Bréfritari: Benedikt Hálfdanarson
Dagsetning: A-1882-07-16
Skrifað á: Vesturheimi

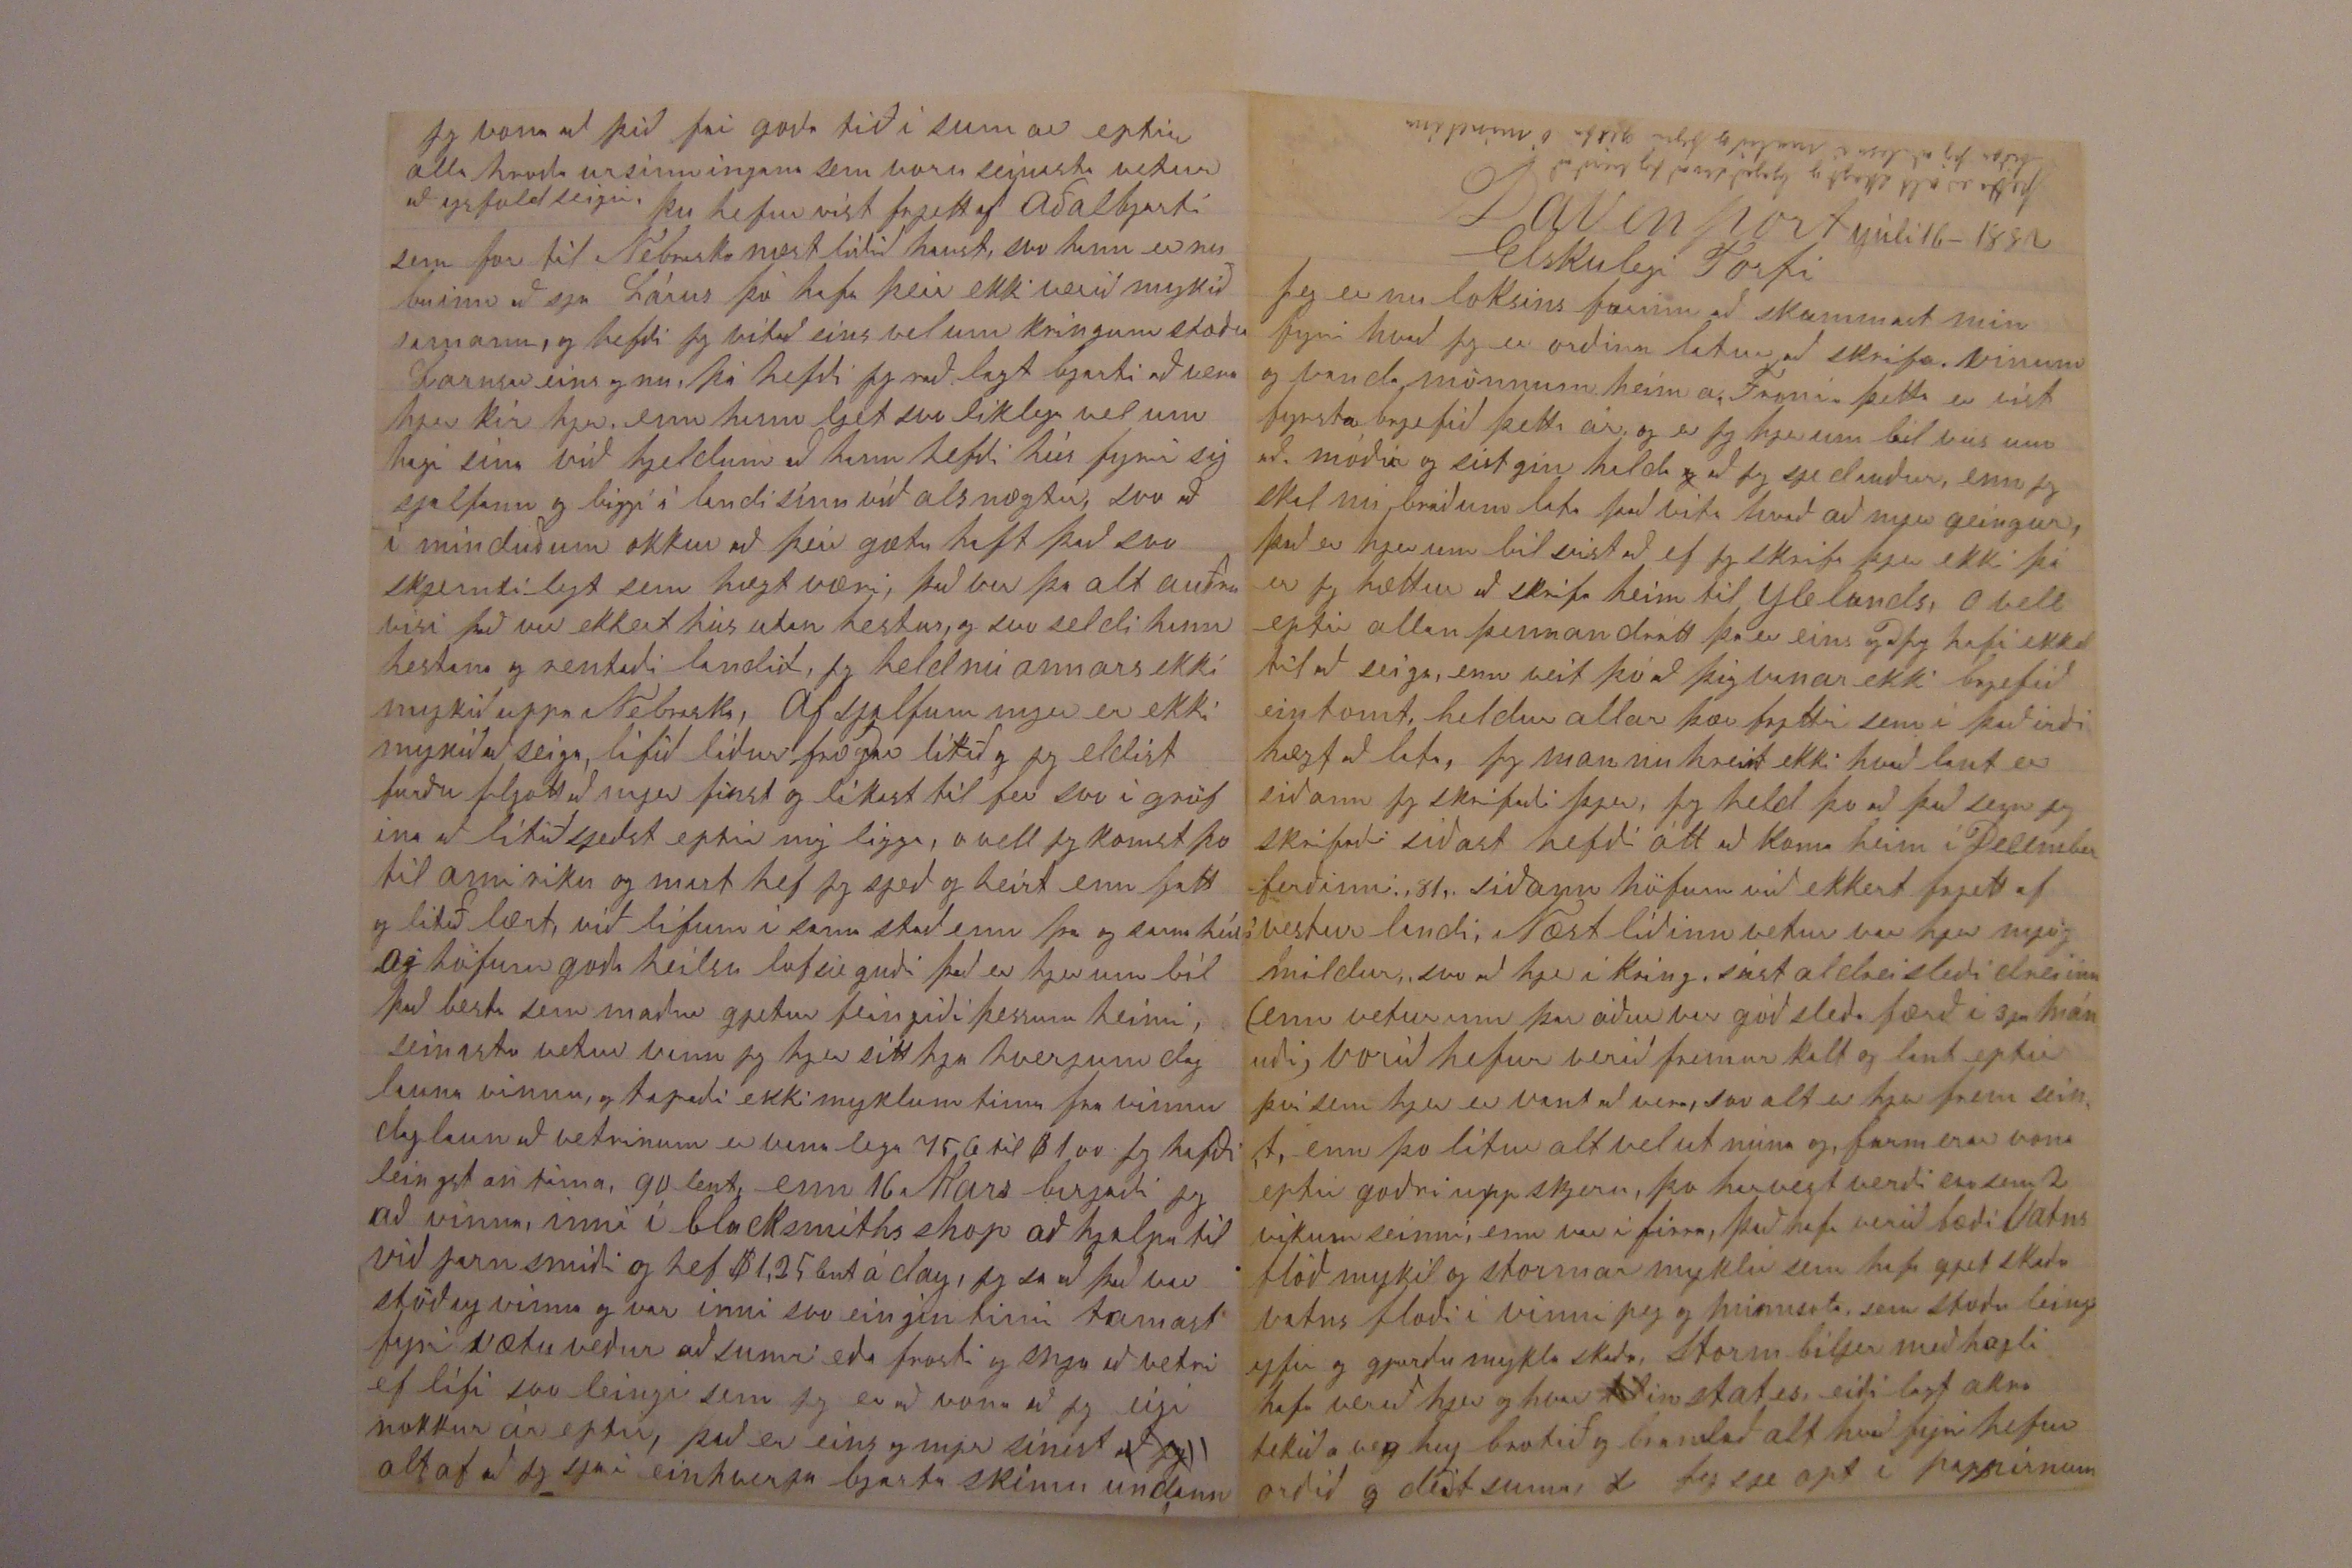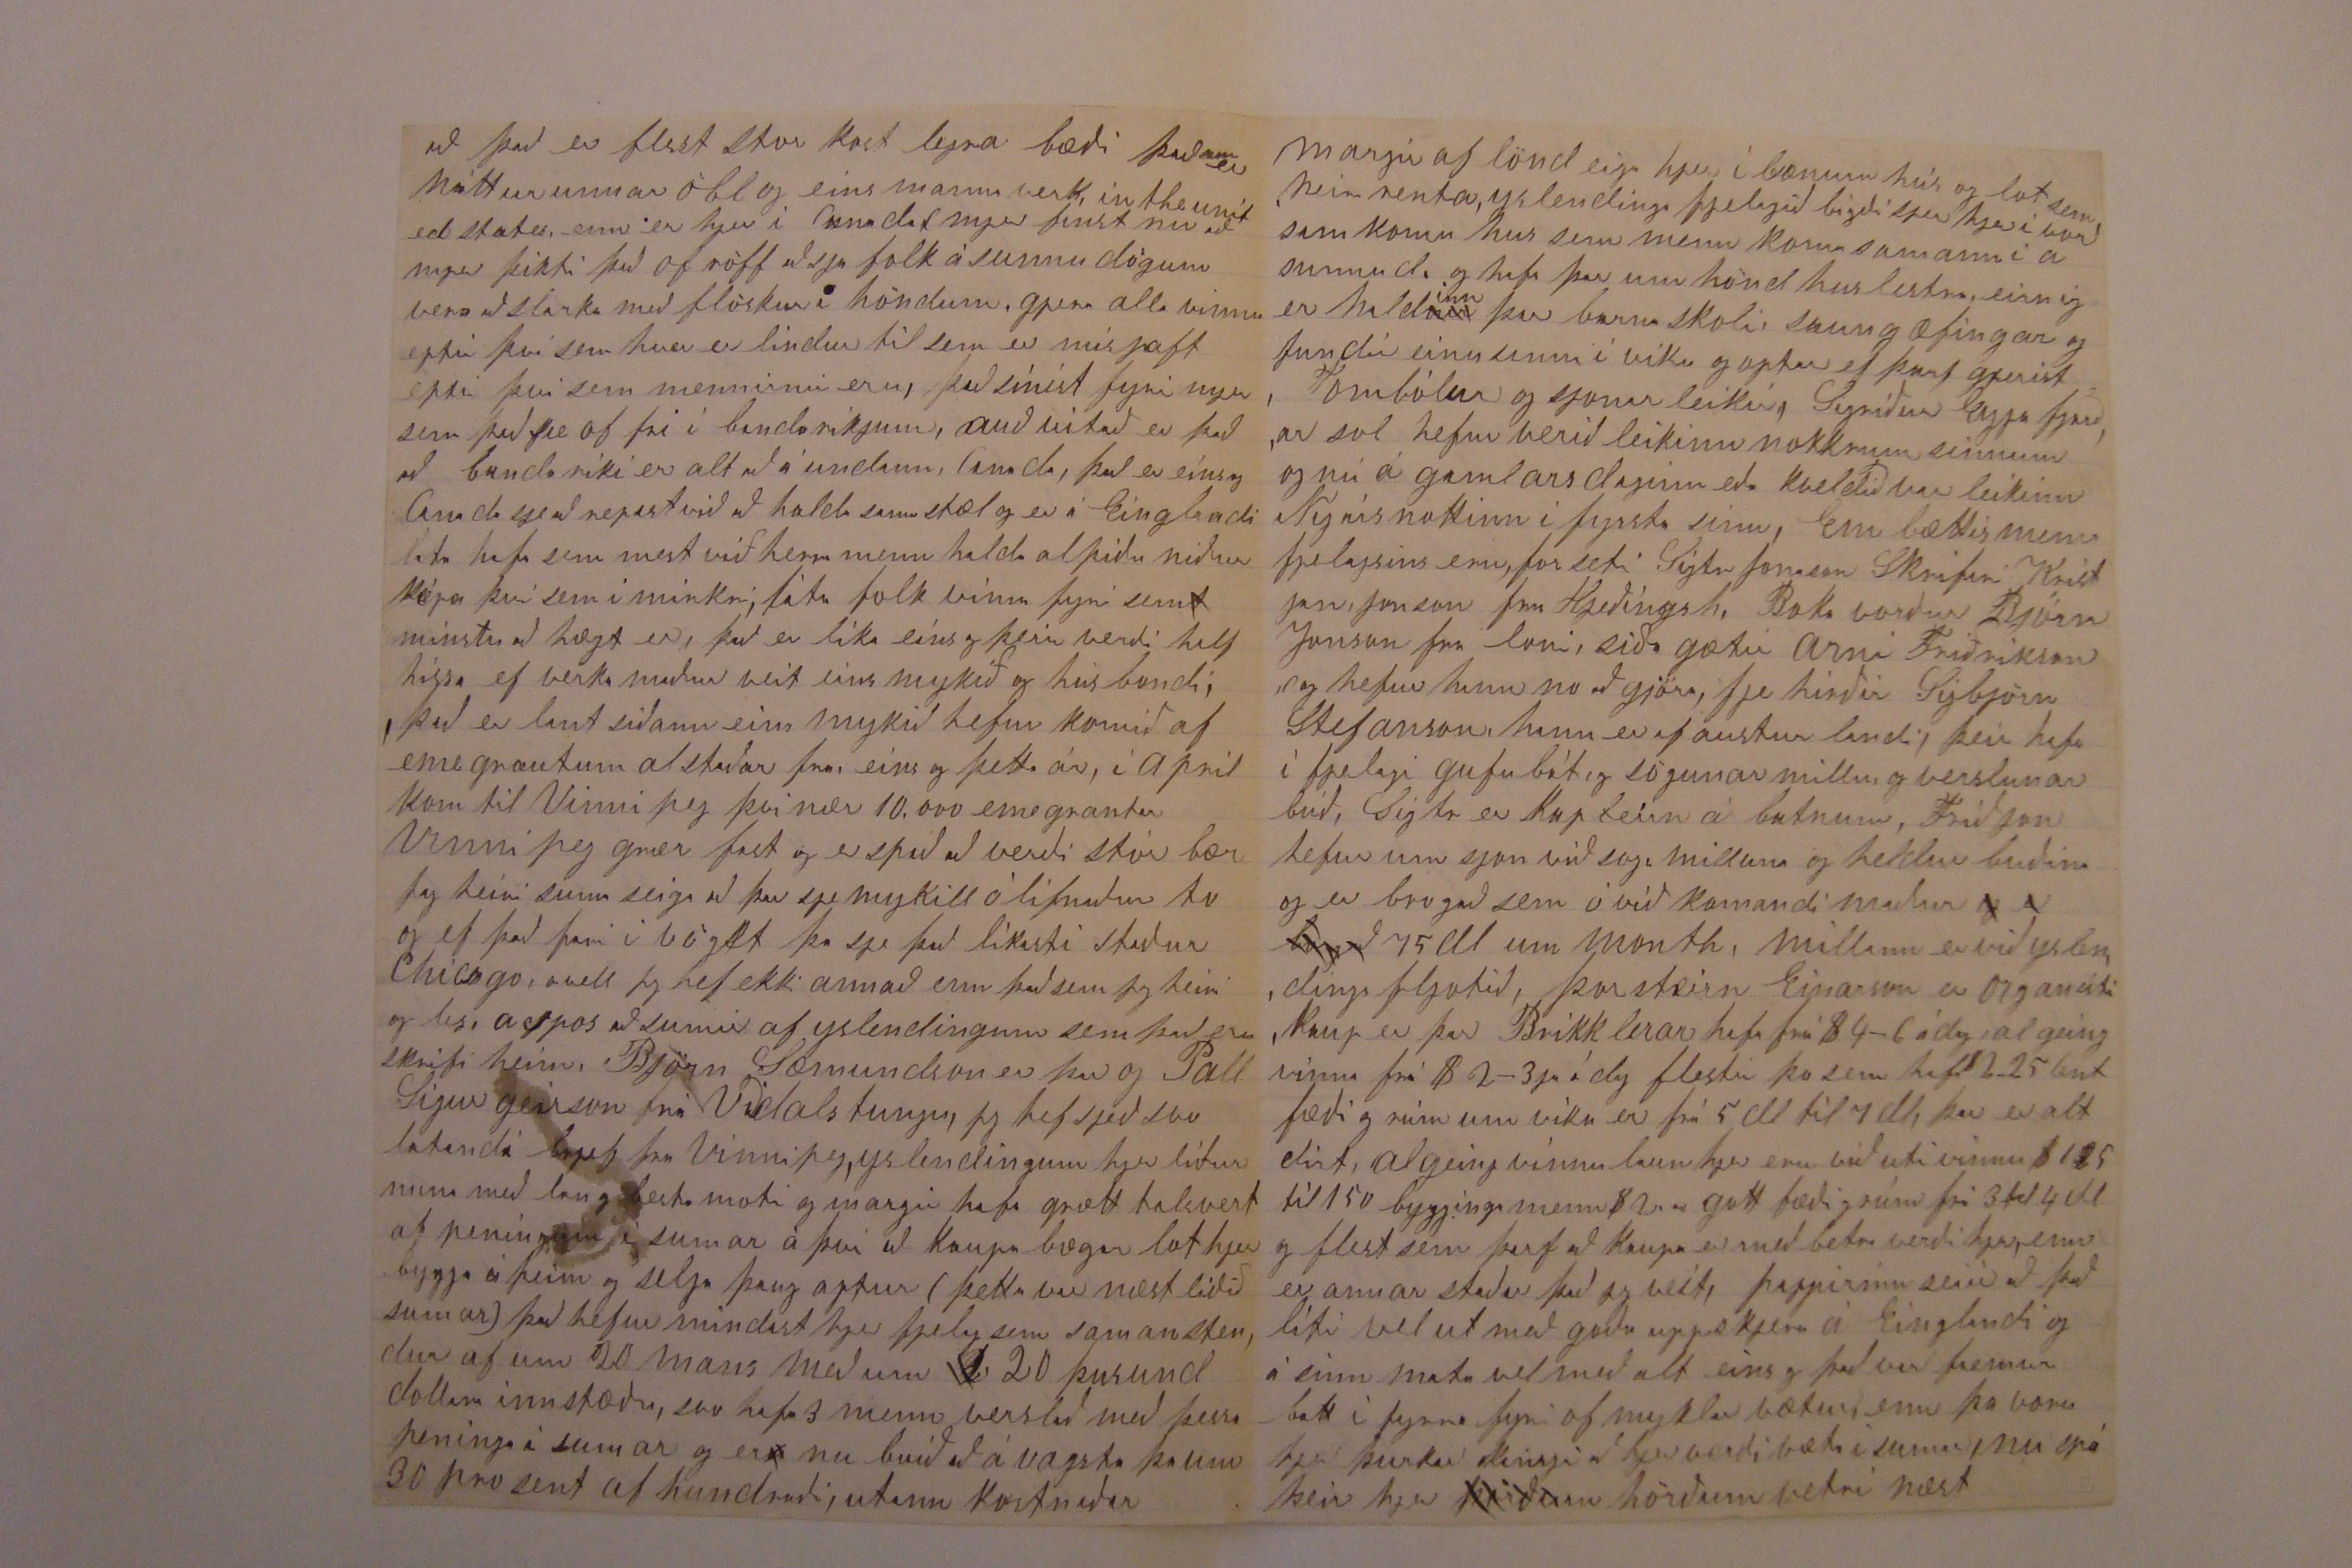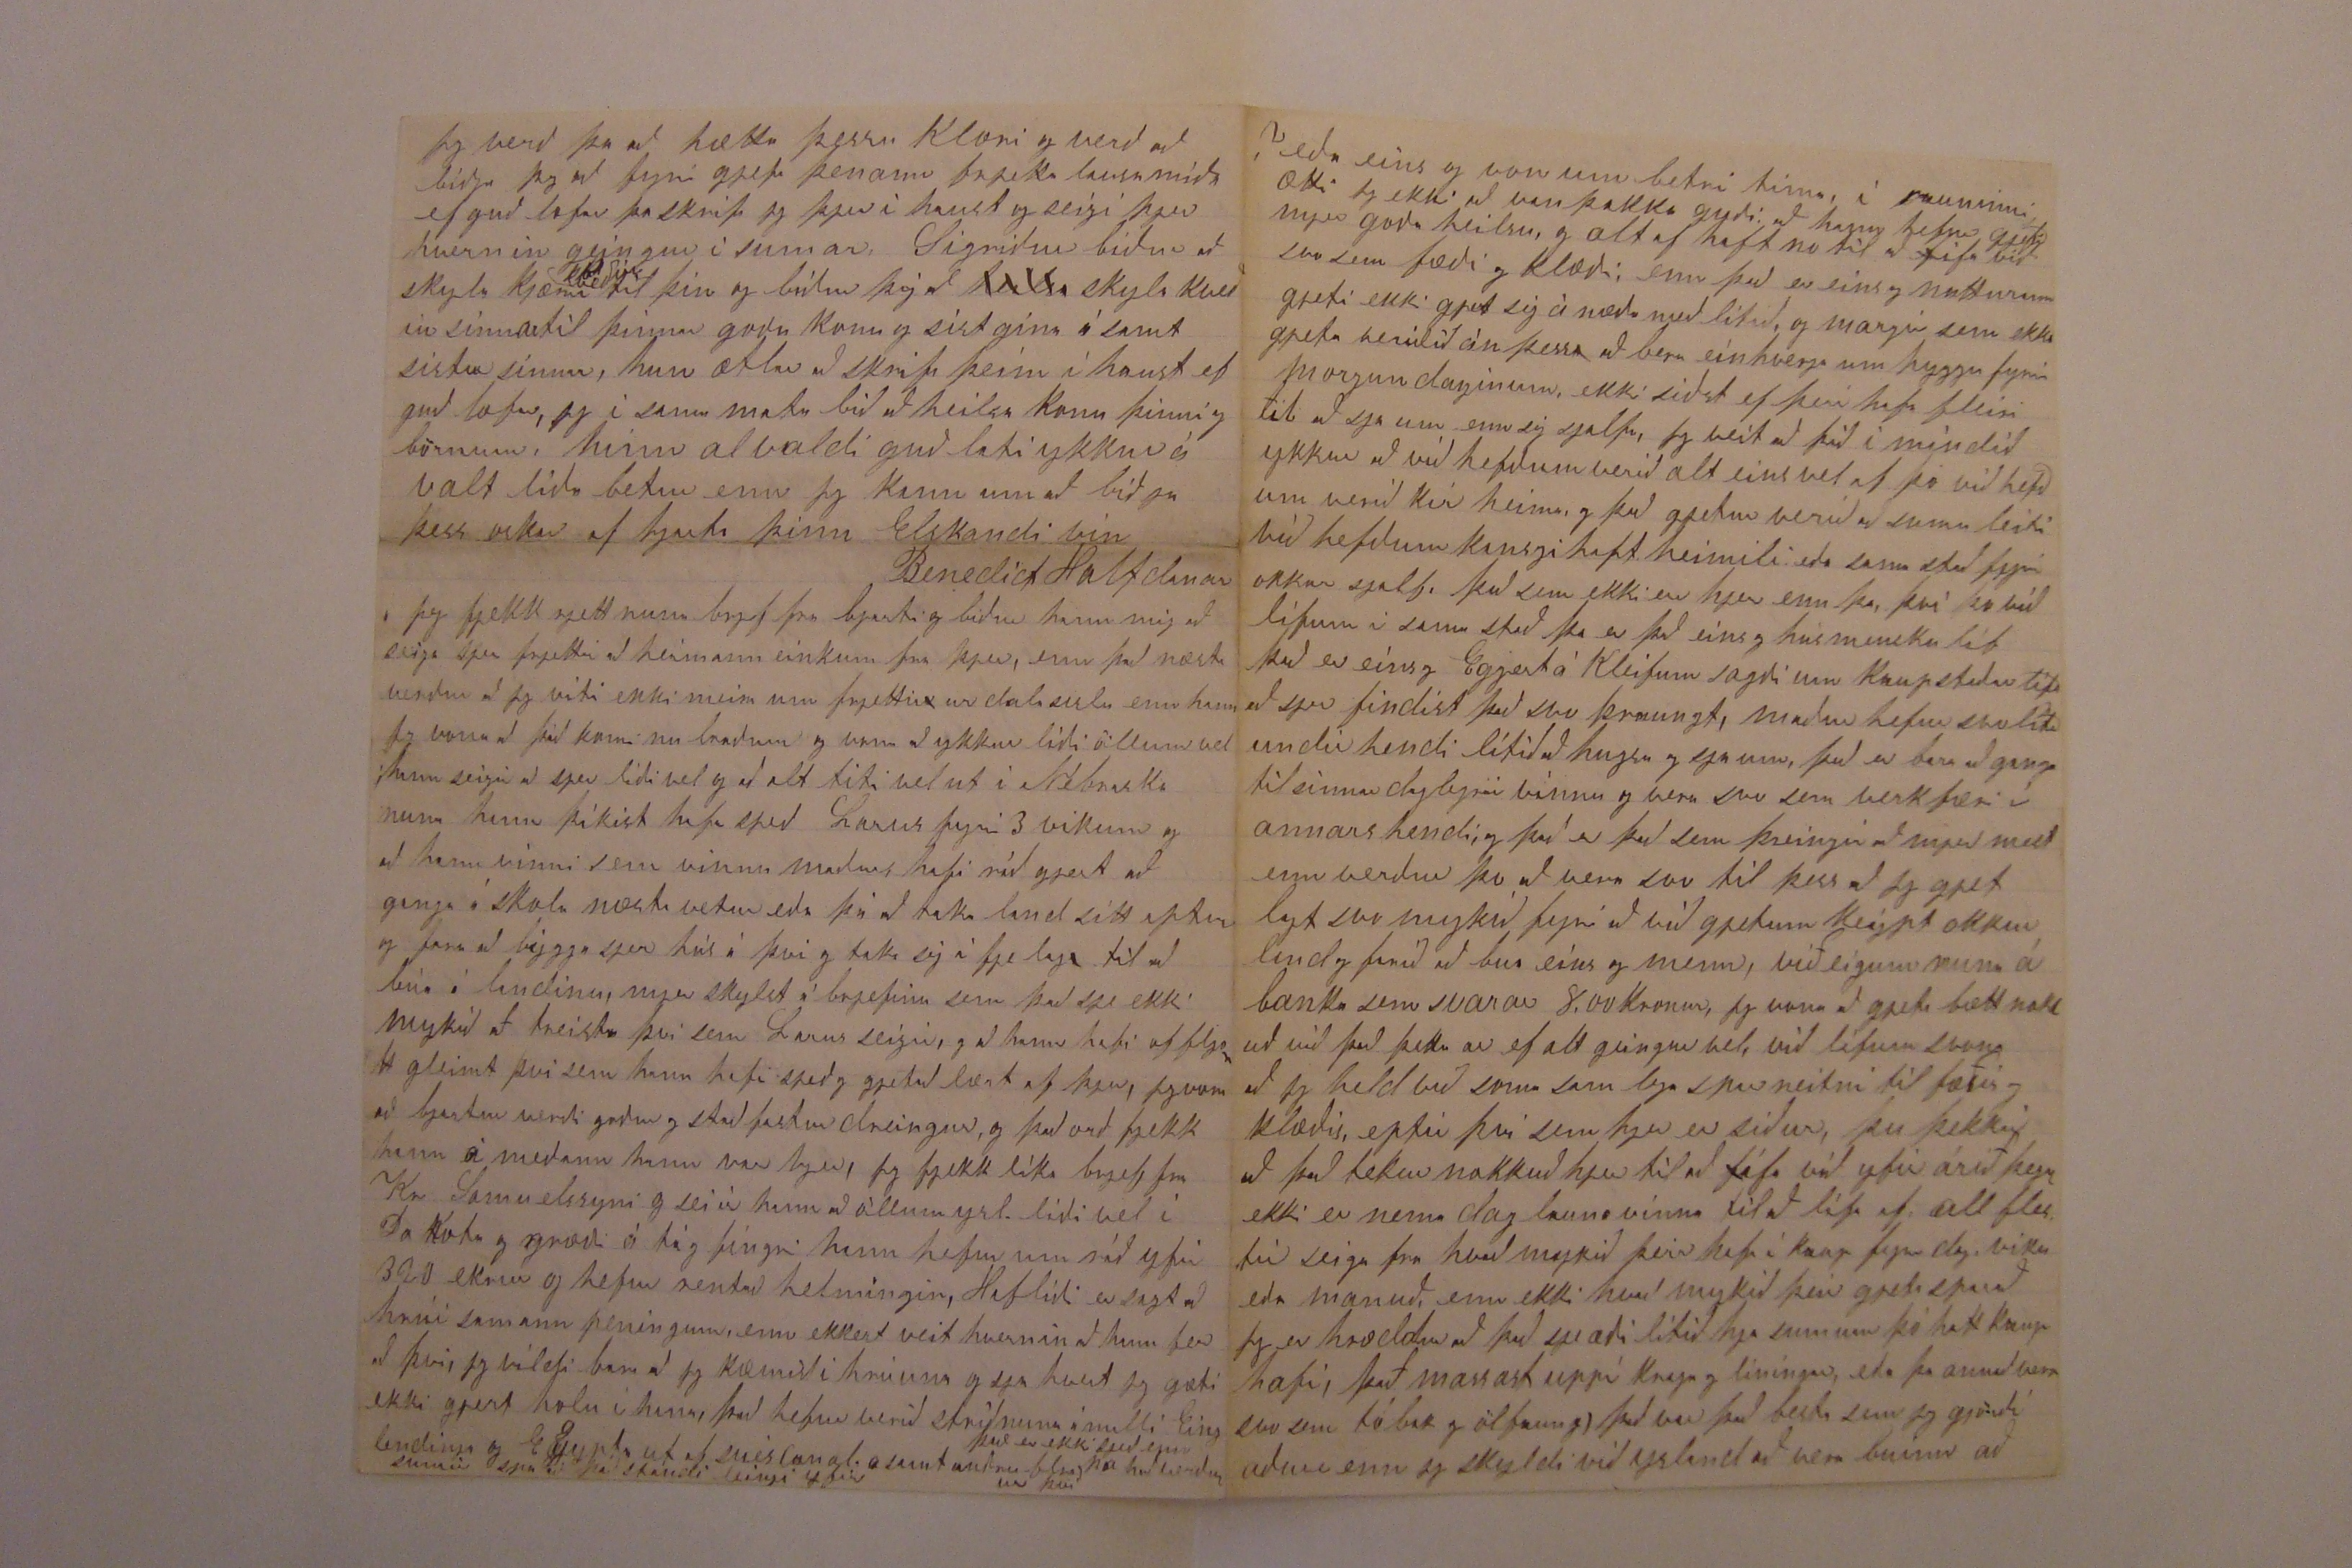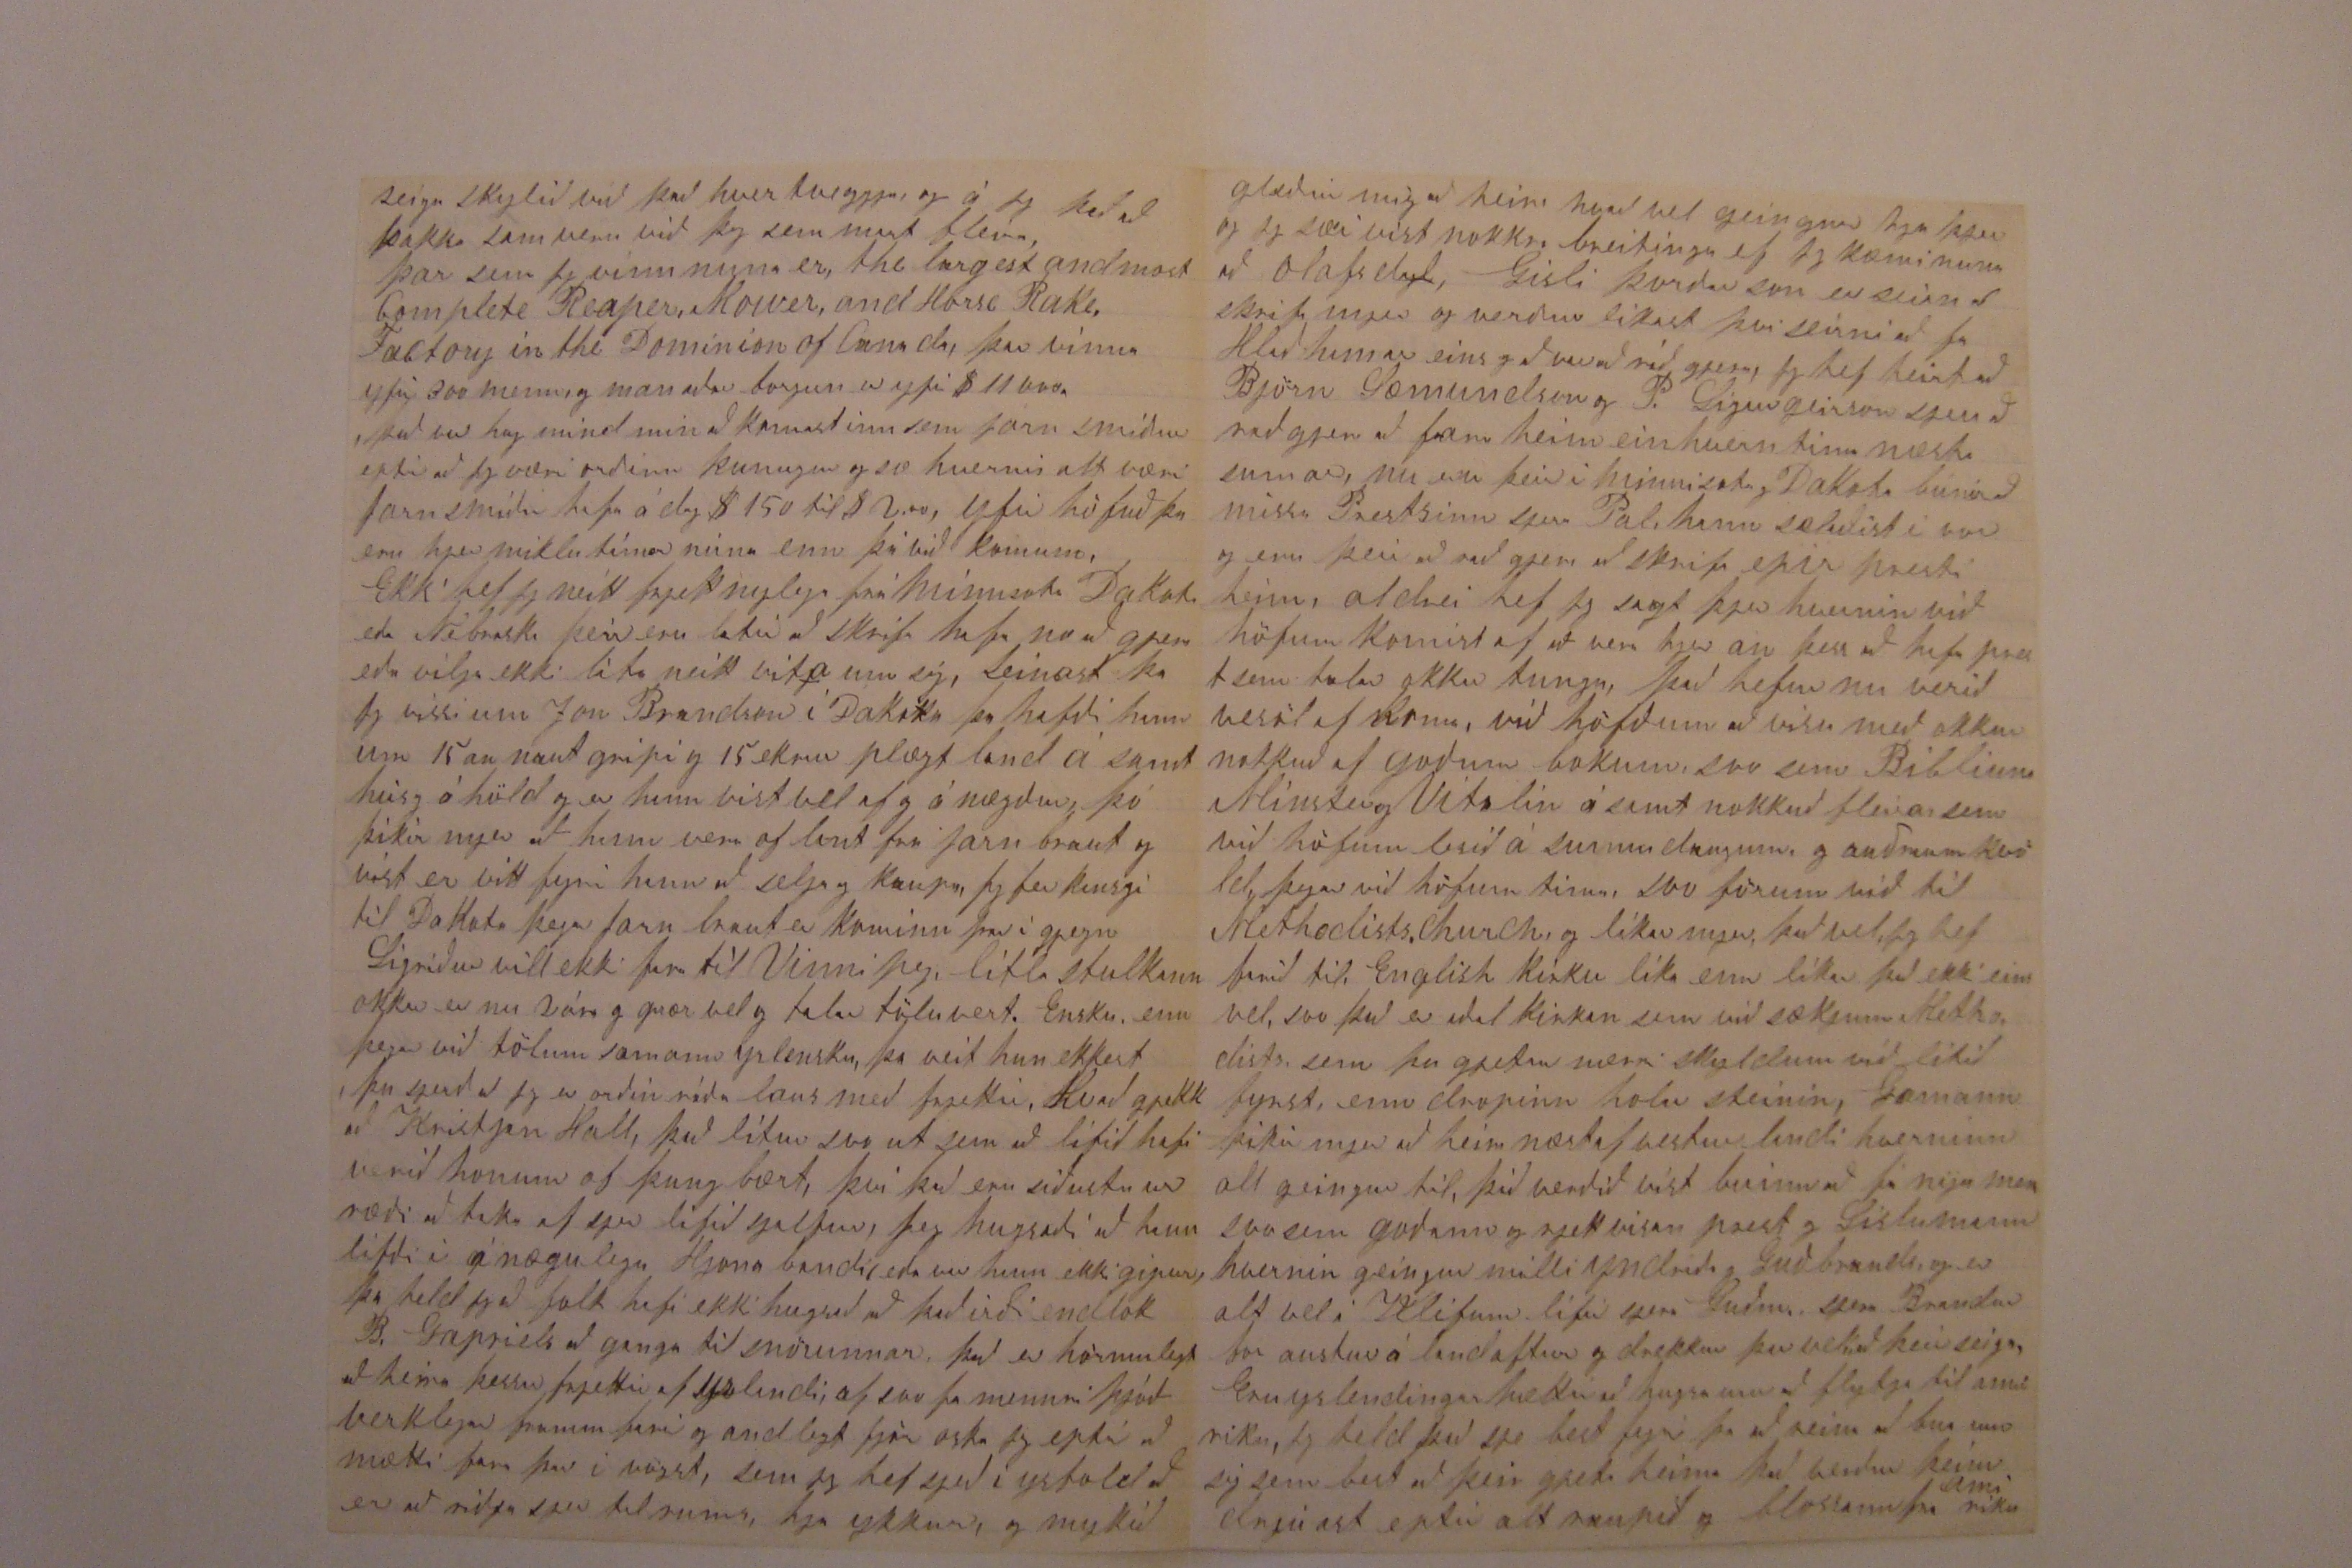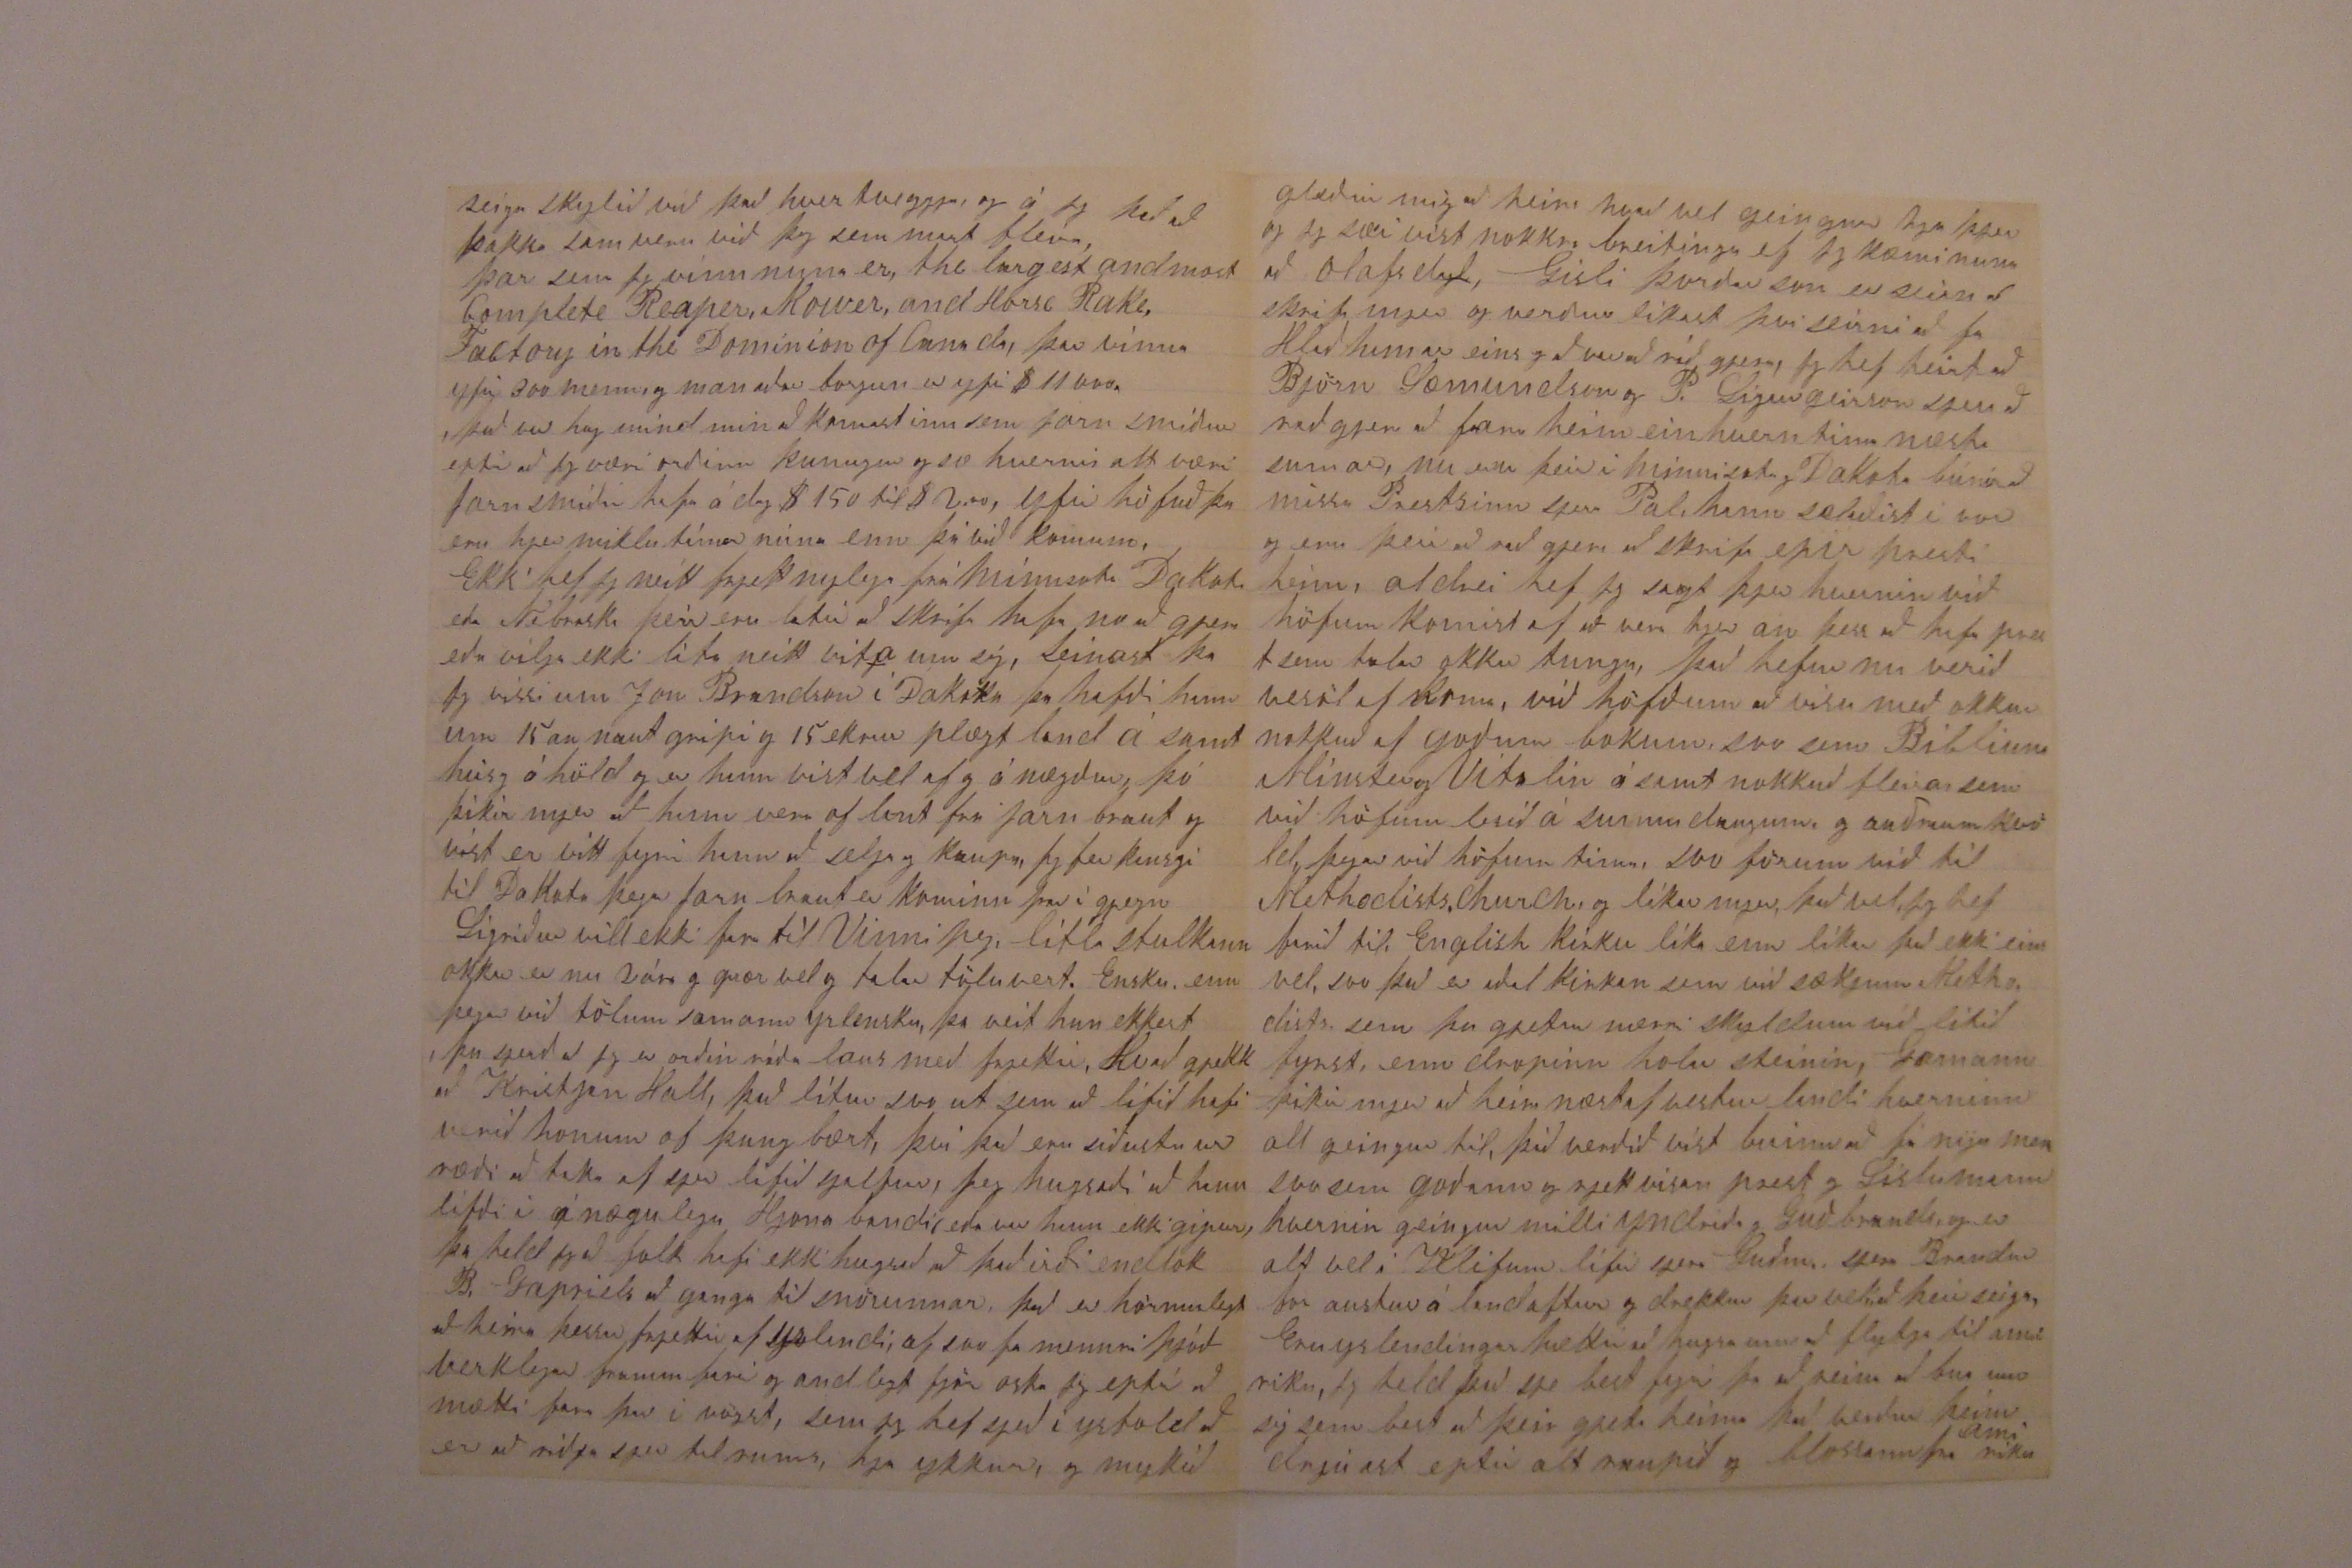

Davenport Júlí 16 - 1882
Elskulegi Torfi
Jeg er nu loksins farinn að skammast mín fyrir hvað jeg er orðinn latur að skrifa vinum og vandamönnum heim a Froni þetta er víst fyrsta brjefið þetta ár og er jeg hjerumbil viss um að móðir og sistgin halda
og
að jeg sje dauður, enn jeg skal nú bráðum lata það vita hvað að mjer geingur, það er hjer um bil víst að ef jeg skrifa þjer ekki þá er jeg hættur að skrifa heim til Yslands, O vell eptir allan þennan drátt þa er eins og að jeg hafi ekket til að seiga, enn veit þó að þig vanar ekki brjefið eintomt, heldur allar þær frjettir sem í það irði hægt að lata, Jeg man nu hreint ekki hvað lant er síðann jeg skrifaði þjer, Jeg held þo að það sem jeg skrifaði síðast hefði átt að koma heim í December ferðinni, 81, síðann höfum við ekkert frjett af vesturlandi, Næst liðinn vetur var hjer mjög mildur, svo að hjer í kring sást aldrei sleði dreiinn (enn veturinn þar áður var góð sleða færð í 3ja mánuði) vorið hefur verið fremur kalt og lint eptir því sem hjer er vant að vera, svo alt er hjer frem seint, enn þó lítur alt vel ut núna og,
farm
eru vona eptir goðri uppskjeru, þo
her
vest verði svo sem 2 vikum seinni enn var í firra, það hafa verið bæði Vatns flóð mykil og stormar myklir sem hafa gjet skaða vatns floði í vinnipeg og minnisota, sem stoðu leingi yfir og gjurðu mykla skaða, Storm biljir með hagli hafa verið hjer og hvar
til
in States, eiðilagt akra tekið a
veg hus
brotið og bramlað alt hvað fyrir hefur orðið og
deðt
sumu,
0
Jeg sje opt í pappírnum
að það er flest stor kost legra bæði það
sem
er náttúrunnar öbl og eins mannverk, in the united states, enn er hjer í Canada, mjer finst nu að mjer þikti það of röff að sja folk á sunnudögum vera að slarka með flöskur í höndum, gjera alla vinnu eptir því sem hver er lindur til sem er nú jaft eptir því sem mennirnir eru, það sínist fyrir mjer sem það sje of frí í bandaríkjum, auðvitað er það að bandaríki er alt að á undann Canada, það er einsog Canada sje að repast við að halda sama stæl og er í Einglandi lata hafa sem mest við herra menn halda alþíðu niður 00pa því sem í mirkri, láta folk vinna fyrir sem
t
minstu að hægt er, það er líka eins og þeir verði half hissa ef verkamaður veit eins mykið og húsbondi, það er lant síðann eins mykið hefur komið af emegrantum alstaðar fra, eins og þetta ár, í Apríl kom til Vinnipeg því nær 10.000 emegrantar Vinnipeg grær fast og er spað að verði stór bær jeg heiri suma seiga að þar sje mykill ólifnaður to og ef það fari í vögst þa sje það líkasti staður Chicago, o vell jeg hef ekki annað enn það sem jeg heiri og les, a0000 að sumir af yslendingum sem það eru skrifi heim, Björn Sæmundson er þar og Pall Sigurgeirson frá Vidalstungu, jeg hef sjeð svo lutandi brjef frá Vinnipeg, yslendingum þar líður nuna með langbesta moti og margir hafa grætt talsvert af pneingum í sumar á því að kaupa
bægir
læt hjer bygga á þeim og selja þaug aptur (þetta var næst liðið sumar) það hefur mindast hjer fjelag sem samanstendur af um 20 mans með um
2
20 þusund dollara innstæðu, svo hafa 3 menn verslað með þessa peninga í sumar og er
u
nu buið að á vagsta þa um 30 prosent af hundraði, utann kostnaðar
margir af lönd eiga hjer í bænum hús og lot sem þeir renta, yslendingafjelagið bigði sjer hjer í vor sem komu hus sem menn komu samann í a sunnud. og hafa þar um hönd huslestra, eirnig er hald
nar
inn
þar barnaskoli, saungæfingar og fundir einusinni í viku og optar ef þorf gjerist Tombólur og sjonarleikir, Sigríður Eyjafjarðarsol hefur verið leikinn nokkrum sinnum og nú á gamlarsdaginn eða kveldið var leikinn Nyársnottinn í fyrsta sinn, Embættismenn fjelagsins eru forseti Sigtr Jonason Skrifari Kristjan Jonson fra Hjeðinsh. Bokavorður Björn Jonson fra loni, siðagætir Arni Friðrikson og hefur hann no að gjöra, fjehirðir Sigbjörn Stefanson, hann er af austurlandi, þeir hafa í fjelagi gufubát og sögunarmillu og verlsunar búð, Sigtr er kapteinn á batnum, Friðjon hefur umsjon við sogumilluna og heldur buðina og er
brogað
sem óviðkomandi maður
og er borgað
75 dl um month, millann er við yslendingafljotið, Þorsteirn Einarson er Organisti kaup er þar Brikklerar hafa frá $4-6 á dag, algeing vinna frá $2-3ja á dag flestir þo sem hafa
$
2-25 cent fæði og rúm um viku er frá 5 dl til 7 dl, þar er alt dírt, algeing vinnulaun hjer eru við uti vinnu $125 til 150 byggingamenn $2 gott fæði rúm frá 3 til 4 dl og flest sem þarf að kaupa er með betra verði hjer, enn er annar staðar það jeg veit, pappírinn seiir að það líti vel ut með goða uppskjeru á Einglandi og á sinn mata vel með alt eins og það var fremur batt í fyrra fyrir of mykla vætu, enn þa voru hjer þurkar kansgi að hjer verði væta í sumar, nú spá þeir hjer
hörðum
hörðum vetri næst
Jeg vona að þið fai goða tíð í sumar eptir alla
hroða
ursinningana sem voru seinasta vetur að ysafold seigir
þu hefur víst frjett af Aðalbjarti sem for til Nebraska næst liðið haust, svo hann er nu buinn að sja Lárus þó hafa þeir ekki verið mykið samann, og hefði jeg vitað eins vel um kringumstæður Larusar eins og nu þá hefði jeg raðlagt bjarti að vera hjer kir hjer, enn hann ljetsvo liklega vel um hagi sína við hjeldum að hann hefði hús fyrir sig sjalfann og biggi á landi sínu við alsnægtir, svo við í minduðum okkur að þeir gætu haft það svo skjemtilegt sem hægt væri, það var þa alt auðru vísi það var ekkert hús utan hestus, og svo seldi hann hestana og rentaði landið, jeg held nú annars ekki mykið uppa Nebraska, Af sjalfum mjer er ekki mykið að seiga, lífið líður fræðgar lítið og jeg eldist furðu fljótt að mjer finst og líkast til fer svo í gröfina að lítið sjeðst eptir mig ligga, o vell jeg komst þo til amiríku og mart hef jeg sjeð og heirt enn fatt og lítið lært, við lifum í sama stað enn þa og sama húsi og höfum goða heilsu lof sie guði það er hjer um bil það besta sem maður gjetur feingið í þessum heimi, seinasta vetur vann jeg hjer sitt hja hverjum dag launa vinnu, og tapaði ekki myklum tíma fra vinnu daglaun að vetrinum er vanalega
75 C
til $100 jeg hafði leingstan tíma 90 Cent enn 16. Mars birjaði jeg að vinna inni í blacksmiths shop að hjalpa til við jarnsmíði og hef $1,25 Cent á dag, jeg sa að það var stöðug vinna og var inni svo eingin tími tamast fyrir vætuveður að sumri eða frosti og snjo að vetri ef lifi svo leingi sem jeg er að vona að jeg eigi nokkur ár eptir, það er eins og mjer sínist
að jeg
altaf að jeg sjai einhverja bjarta skimu undann
eða eins og von um betri tíma, í rauninni ætti jeg ekki að vanþakka guði að hann hefur gjefið mjer goða heilsu, og altaf haft no til að lifa við svo sem fæði og klæði, enn það er eins og natturan gjeti ekki gjert sig á næða með lífið og margir sem ekki gjeta
veriðið
án þess að bera einhverja um hyggu fyrir morgundeginum ekki síðst ef þeir hafa fleiri til að sja um enn sig sjalfa, jeg veit að þið í mindið ykkur að við hefðum verið alt eins vel af þó við hefðum verið kir heima og það gjetur verið að sumu leiti við hefðum kansgi haft heimili eða sama stað fyrir okkur sjalf það sem ekki er hjer enn þá, því þo við lifum í sama stað þa er það eins og húsmensku líf það er eins og Egjert á Kleifum sagði um Kaupstaðar líf að sje findist það svo þraungt, maður hefur svo lítið undir hendi lítið að hugsa og sja um, það er bara að ganga til sinnar
dalegrar
vinnu og vera svo sem verkfæri í annars hendi, og það er það sem þreingir að mjer mest enn verður þo að vera svo til þess að jeg gjet lagt svo mykið fyrir að við gjetum keipt okkur land og farið að bua eins og menn, við eigum nuna á banka sem svarar 8.00 kronur, jeg vona að gjeta bætt nokkuð við það þetta ar ef alt geingur vel, við lifum svona að jeg held við soma samlega sparneitni til fæðis og klæðis, eptir því sem hjer er siður, þu þekkir að það tekur nokkuð hjer til að lifa við yfir árið þegar ekki er nema dag launavinna til að lifa af, all flestir seiga fra hvað mykið þeir hafa í kaup fyrir dag, viku eða manuð, enn ekki hvað mykið þeir gjeta sparað Jeg er hræddur að það sje æði lítið hja sumum þó hatt kaup hafi, það massast uppí kraga og líningar eða þa annað verra svo sem tóbak og ölfaung) það var það besta sem jeg gjörði aður enn jeg skyldi við ysland að vera buinn að
seiga skylið við það hver tveggja, og á jeg það að þakka samveru við þig sem mart fleir, þar sem jeg vinn nuna er the largest and most complete
Reapes
,
Kowes
and Horse Rake Factory in the Dominion of Canada, þar vinna yfir 300 menn, og manaðar borgun er yfir $ 11000, það var hugmind að komast inn sem jarn smiður eptir að jeg væri orðinn kunugur og
so
hvernin alt væri jarnsmiðir hafa á dag $ 150 til 2.00, yfir höfuð þa eru hjer miklu tímar núna enn þá við komum,
Ekki hef jeg neitt frjett nylega frá Minnsota Dakota eða Nebraska þeir eru latir að skrifa hafa no að gjera eða vilja ekki láta neitt vita um sig, Seinast þa jeg vissi um Jon Brandson í Dakóta þa hafði hann um 15an nautgripi og 15 ekrur plægt land á samt hús og áhöld og er hann víst vel af og ánægður, þó þikir mjer að hann vera of lant fra jarnbraut og víst ervitt fyrir hann að selja og kaupa, Jeg fer kansgi til Dakota þegar jarnbraut er kominn þar í gjegn Sigríður vill ekki fara til Vinnipeg, litla stulkann okkar er nu 2 ára og grær vel og talar töluvert Ensku enn þegar við tölum samann yslensku þa veit hun ekkert þu sjerð að jeg er orðin ráðalaus með frjettir, Hvað gjekk að Krsjan Hall, það lítur svo ut sem að lífið hafi verið honum of þungbært, því það eru síðustu ur ræði að taka af sjer lífið sjalfur, Jeg hugsaði að lifði í ánægulegu Hjonabandi, eða var hann ekki giptur, þa held jeg að folk hafi ekki hugsað að það irði endalok B. Gapriels að ganga til snörunnar, það er hörmulegt að heira þessar frjettir af yslandi af svo fa mennri þjóð verklegar frammfarir og andlegt fjör oska jeg eptir að mætti fara þar vögst, sem jeg hef sjeð í ysfold að er að riðja sjer til rums, hja ykkur, og mykið
gleður mig að heira hvað vel geingur hja þjer og jeg sæi víst nokkra breitingu ef jeg kæmi nuna að Olafsdal, Gísli Þorðarson er seirn að skrifa mjer og verður líkast því seirni að fa
Hlaðhimar
eins og að var að ráð gjera, Jeg hef heirt að Björn Sæmundson og P. Sigurgeirson sjeu að raðgjera að fara heim einhvern tíma næsta sumar, nu eru þeir í Minnisota og Dakota búnir að missa Prestinn sjera Pal, hann salaðist í vor og eru þeir að rað gjera að skrifa epir presti heim, aldrei hef jeg sagt þjer hvernin við höfum komist af að vera hjer án þess að hafa prest sem talar okkar tungu, það hefur nu verið vesöl af koma, við höfðum að vísu með okkur nokkuð af goðum bokum, svo sem Biblíuna
Minster
og Vítalín á samt nokkuð fleira sem við höfum lesið á sunnudaugum, og
auðrum
kvöld, þegar við höfum tíma, svo förum við til Methodists Church og líkar mjer það vel, jeg hef farið til English kirku líka enn líkar það ekki eins vel, svo það er aðal kirkan sem við sækjum, Methodists, sem þu gjetur nærri skyldum við lítið fyrst, enn dropinn holar steininn, Gamann þikir mjer að heira næst af vesturlandi hverninn alt geingur til, þið verðið víst buinn að fá niju
men
svo sem goðann og rjett vísan prest og Síslumann hvernin geingur milli Yndriða og Guðbrands, og er alt vel í Klifum lifir sjera Guðm. sjera Brandur for austur á land aftur og drekkur þar vel, að þeir seiga, Eru yslendingar hættir að hugsa um að flytja til amiríku, Jeg held það sje best fyrir þa að reina að bua um sig sem best að þeir gjeti heima það verður þeim drjúgast eptir alt raupið og blossann fra
ami
ríku
Jeg verð þa að hætta þessu Klori og verð að biðja þig að fyrir gjefa þenann frjetta lausa miða ef guð lofar þa skrifa jeg þjer í haust og seigi þjer hvernin geingur í sumar. Sigríður biður að skyla kjærri
kveðju
til þín og biður þig að
heilsa
skyla kveðiu sinnar til þinnar goðu konu og sistgina á samt sistur sinnar, hun ætlar að skrifa þeim í haust ef guð lofar, jeg í sama mata bið að heilsa konu þinni og börnum, hinn alvaldi guð lati ykkur á valt líða betur enn jeg kann um að biðja þess oskar af hjarta þinn Elskandi vin
Benedikt Halfdanar
Jeg fjekk rjett nuna brjef fra bjarti og biður hann mig að seiga sjer frjettir að heimann einkum fra þjer, enn það næsta verður að jeg viti ekki meira um frjettir ur dalasíslu enn hann jeg vona að það komi nú braðum og vona að ykkur líði öllum vel hann seigir að sjer líði vel og að alt títi vel út í Nebraska nuna hann þikist hafa sjeð Larus fyrir 3 vikum og að hann vinni sem vinnumaður hafi ráð gjert að ganga á skola næsta vetur eða þá að taka land sitt aptur og fara að bigga sjer hús á því og taka sig a fjelega til að búa á landinu, mjer skylst á brjefinu sem það sje ekki mykið að treista því sem Larus seigir, og að hann hafi of fljott gleimt því sem hann hafi sjeð og gjetað lært af þjer, jeg vona að bjartur verði goður og staðfastur dreingur, og það orð fjekk hann á meðann hann var hjer, jeg fjekk líka brjef fra Kr Samuelssyni og seiir hann að öllu ysl. líði vel í Dakota og græði á tá og fingri hann hefur umráð yfir 320 ekrur og hefur rentað helminginn, Hafliði er sagt að hrúi samann peningum, enn ekkert veit hvernin að hann fer að því, jeg vildi bara að jeg kæmist í hrúuna og sja hvert jeg gæti ekki gjert holu í hana, það hefur verið stríð nuna á milli Einglendinga og
Egypta
ut af sues Canal a samt 0000 0000
það er ekki sjeð enn
þa hvað verður
ur þvi
sumir spa að það standi lengi yfir